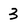
Character: 3